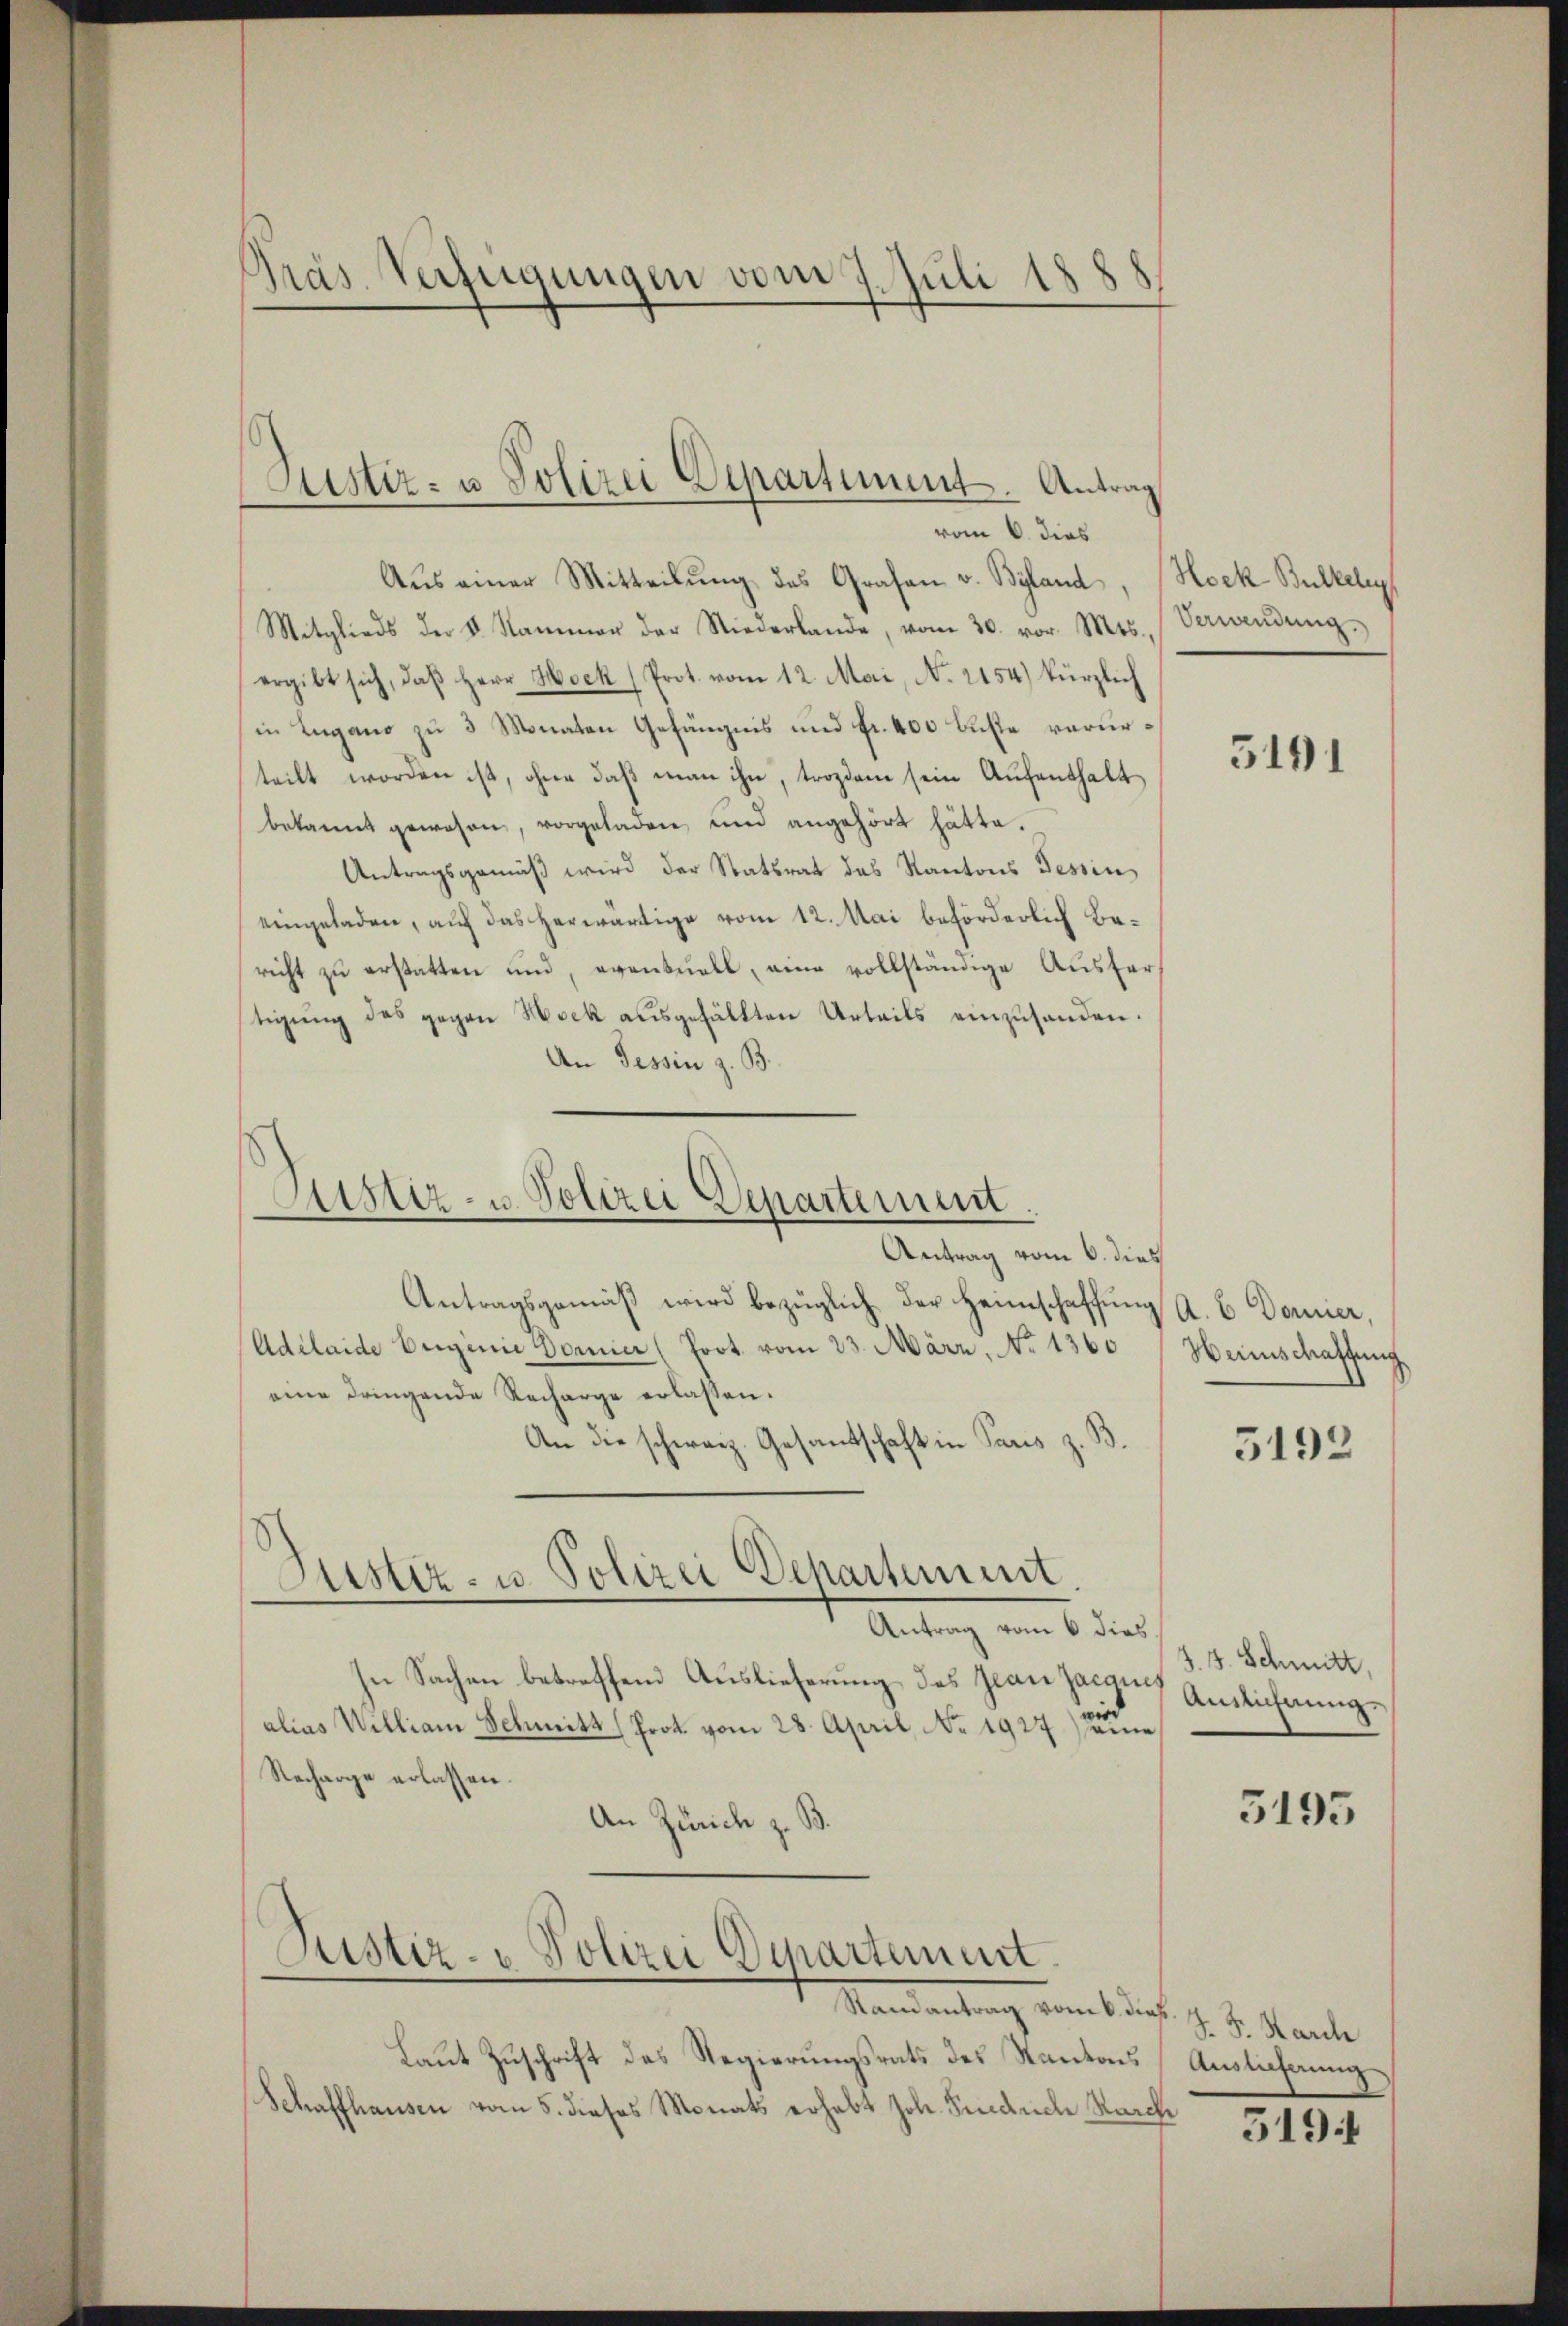
Präs. Verfügungen vom 7. Juli 188

Aŭs einer Mitteilŭng des Grafen v. Byland, Hock Bulkeln
Mitglieds der v. Kammer der Niederlande, vom 30. vor. Mts. (Verwendung.
ergibt sich, daβ Herr Hock (Prot. vom 12. Mai, No. 2154) kürzlich
in Lugano zu 3 Monaten Gefängnis und Fr. 400 Luste verurteilt worden ist, ohne daß man ihn, trozdem sein Aufenthaltbekannt gewesen, vorgeladen und angehört hätte.
Antragsgemäß wird der Statsrat des Kantons Tessin,
eingeladen, auf das herwärtige vom 12. Mai beförderlich Bericht zu erstatten und eventuell, eine vollständige Ausfertigŭng des gegen Hock aŭsgefällten Urteils einzŭhanden.
An Tessin z. B.

Zustiz- u Polizei Departement. Antrag
vom 6. dies

Astiz- u. Polizei Departement
Antrag vom 6. dies

Antragsgemäβ wird bezüglich der Heimschaffŭng a. b. Domier,
Adelaide Berginie Dornier (Port vom 23. März, No 1360
eine dringende Recharge erlassen.
An die schweiz. Gesantschaft in Paris z.
Justiz- u. Polizei Departement
.
Antrag vom 6. dies
In Sachen betreffend Auslieferung des Jean Jacaues
wird
alias William Schmitt (Prot. vom 28. April, No. 1927 eine
Recharge erlassen.
An Zürich z. B

Justiz- & Polizei Departement.

Mandantrag vom 1. dies J. J. Kante
Laut Zuschrift des Regierungsrats des Kantons Auslieferung
Schaffhausen vom 5. dieses Monats erhabt Joh. Friedrich Marche

5191

Weinschaffung
5192

J. J. Schmitt,
Ainlichnung.

5195

519.